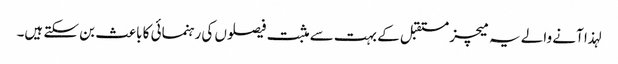
لہذا آنے والے یہ میچز مستقبل کے بہت سے مثبت فیصلوں کی رہنمائی کا باعث بن سکتے ہیں۔